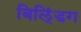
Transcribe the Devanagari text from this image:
बिलि्ंडग